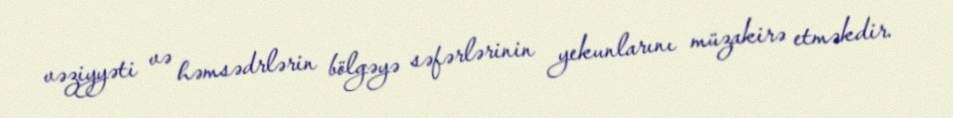
vəziyyəti və həmsədrlərin bölgəyə səfərlərinin yekunlarını müzakirə etməkdir.